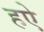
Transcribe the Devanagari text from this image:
हऐ